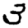
Digit: 3